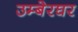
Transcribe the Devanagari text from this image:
उम्बेरघर